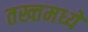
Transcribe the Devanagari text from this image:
तख्तमध्ये